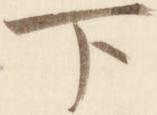
下